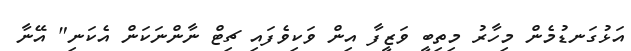
އަޅުގަނޑުމެން މިހާރު މިތިބީ ވަޒީފާ އިން ވަކިވެފައި ޗިޓް ނާންނަކަން އެކަނި" އޭނާ